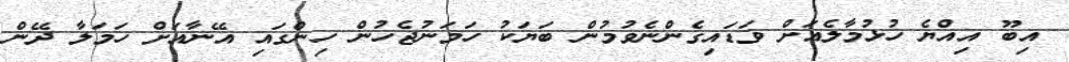
އިބޫ އިއްޔެ ހުޅުމާލެއަށް ވަޑައިގެންނެވުމުން ބަޔަކު ހަމަނުޖެހުން ހިންގައި އޭނާއަށް ހަމަލާ ދޭން